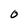
Character: 0